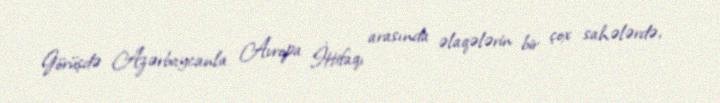
Görüşdə Azərbaycanla Avropa İttifaqı arasında əlaqələrin bir çox sahələrdə,